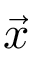
\vec { x }